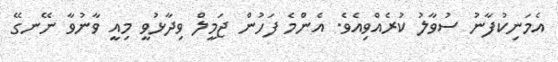
އެމަނިކުފާނު ސުވާލު ކުރެއްވިއެވެ. އެންމެ ފަހުން ޖަމީލް ވިދާޅުވީ މިއީ ވާނުވާ ނޭނގޭ